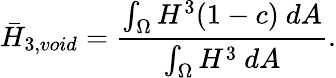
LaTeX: \bar{H}_{3,void}=\frac{\int_{\Omega}H^{3}(1-c)~dA}{\int_{\Omega}H^{3}~dA}.